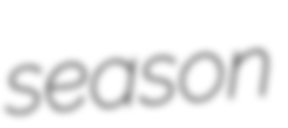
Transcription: season